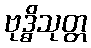
ဗုဒ္ဓိသုတ္တ